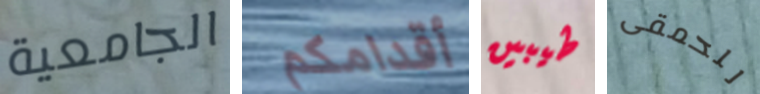
الجامعية أقدامكم طيبين للحمقى